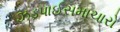
ઝડપાઈસમાચારો